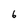
Character: 6